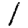
Digit: 1